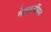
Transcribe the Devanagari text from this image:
मेलबर्नीयन